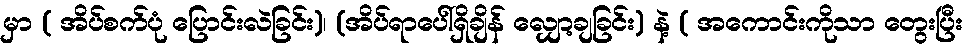
မှာ ( အိပ်စက်ပုံ ပြောင်းလဲခြင်း)၊ (အိပ်ရာပေါ်ရှိချိန် လျှော့ချခြင်း) နဲ့ ( အကောင်းကိုသာ တွေးပြီး